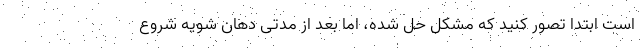
است ابتدا تصور کنید که مشکل حل شده، اما بعد از مدتی دهان شویه شروع